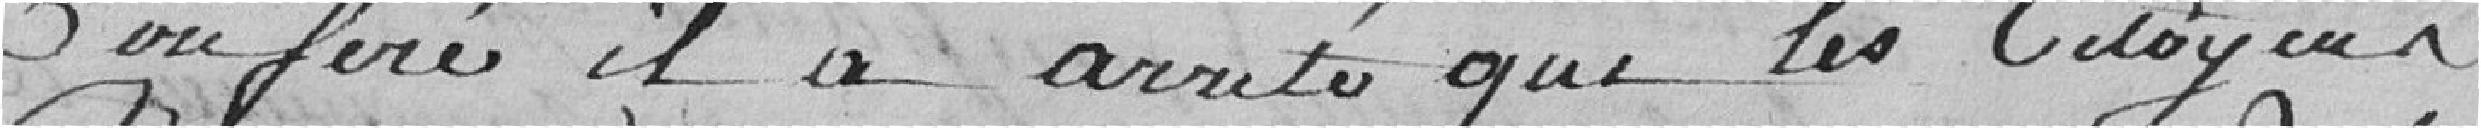
conféré il a été arrêté que les citoyens